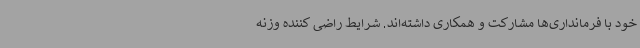
خود با فرمانداری‌ها مشارکت و همکاری داشته‌اند. شرایط راضی کننده وزنه